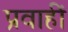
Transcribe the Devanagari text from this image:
प्रवाहीं